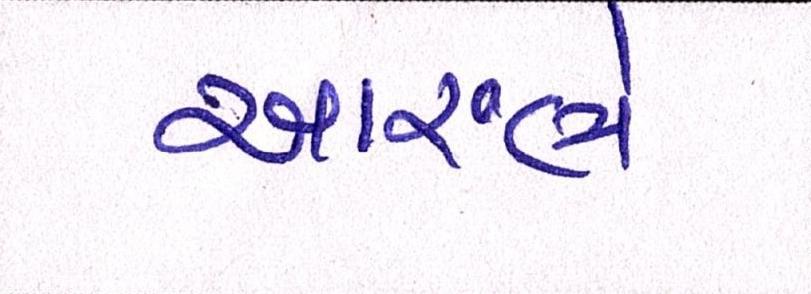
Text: આરંભે